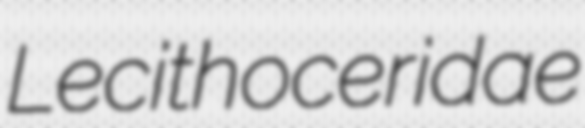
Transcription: Lecithoceridae